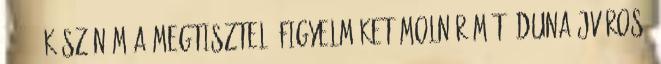
24. 13 Köszönöm a megtisztelő figyelmüket Molnár Máté Dunaújváros,